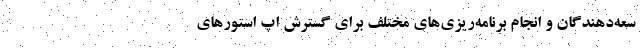
سعه‌دهندگان و انجام برنامه‌ریزی‌های مختلف برای گسترش اپ استورهای